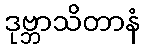
ဒုဗ္ဘာသိတာနံ